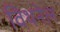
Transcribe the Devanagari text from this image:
विथनेल